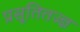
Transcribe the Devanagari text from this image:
प्रसूतितज्ज्ञ